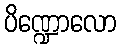
ပိဏ္ဍောလော